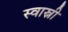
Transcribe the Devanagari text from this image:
स्वास्नी